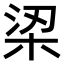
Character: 鿄